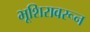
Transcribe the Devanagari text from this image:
भूशिरावरून